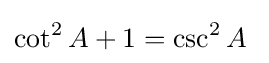
\cot ^{2}A+1=\csc ^{2}A\